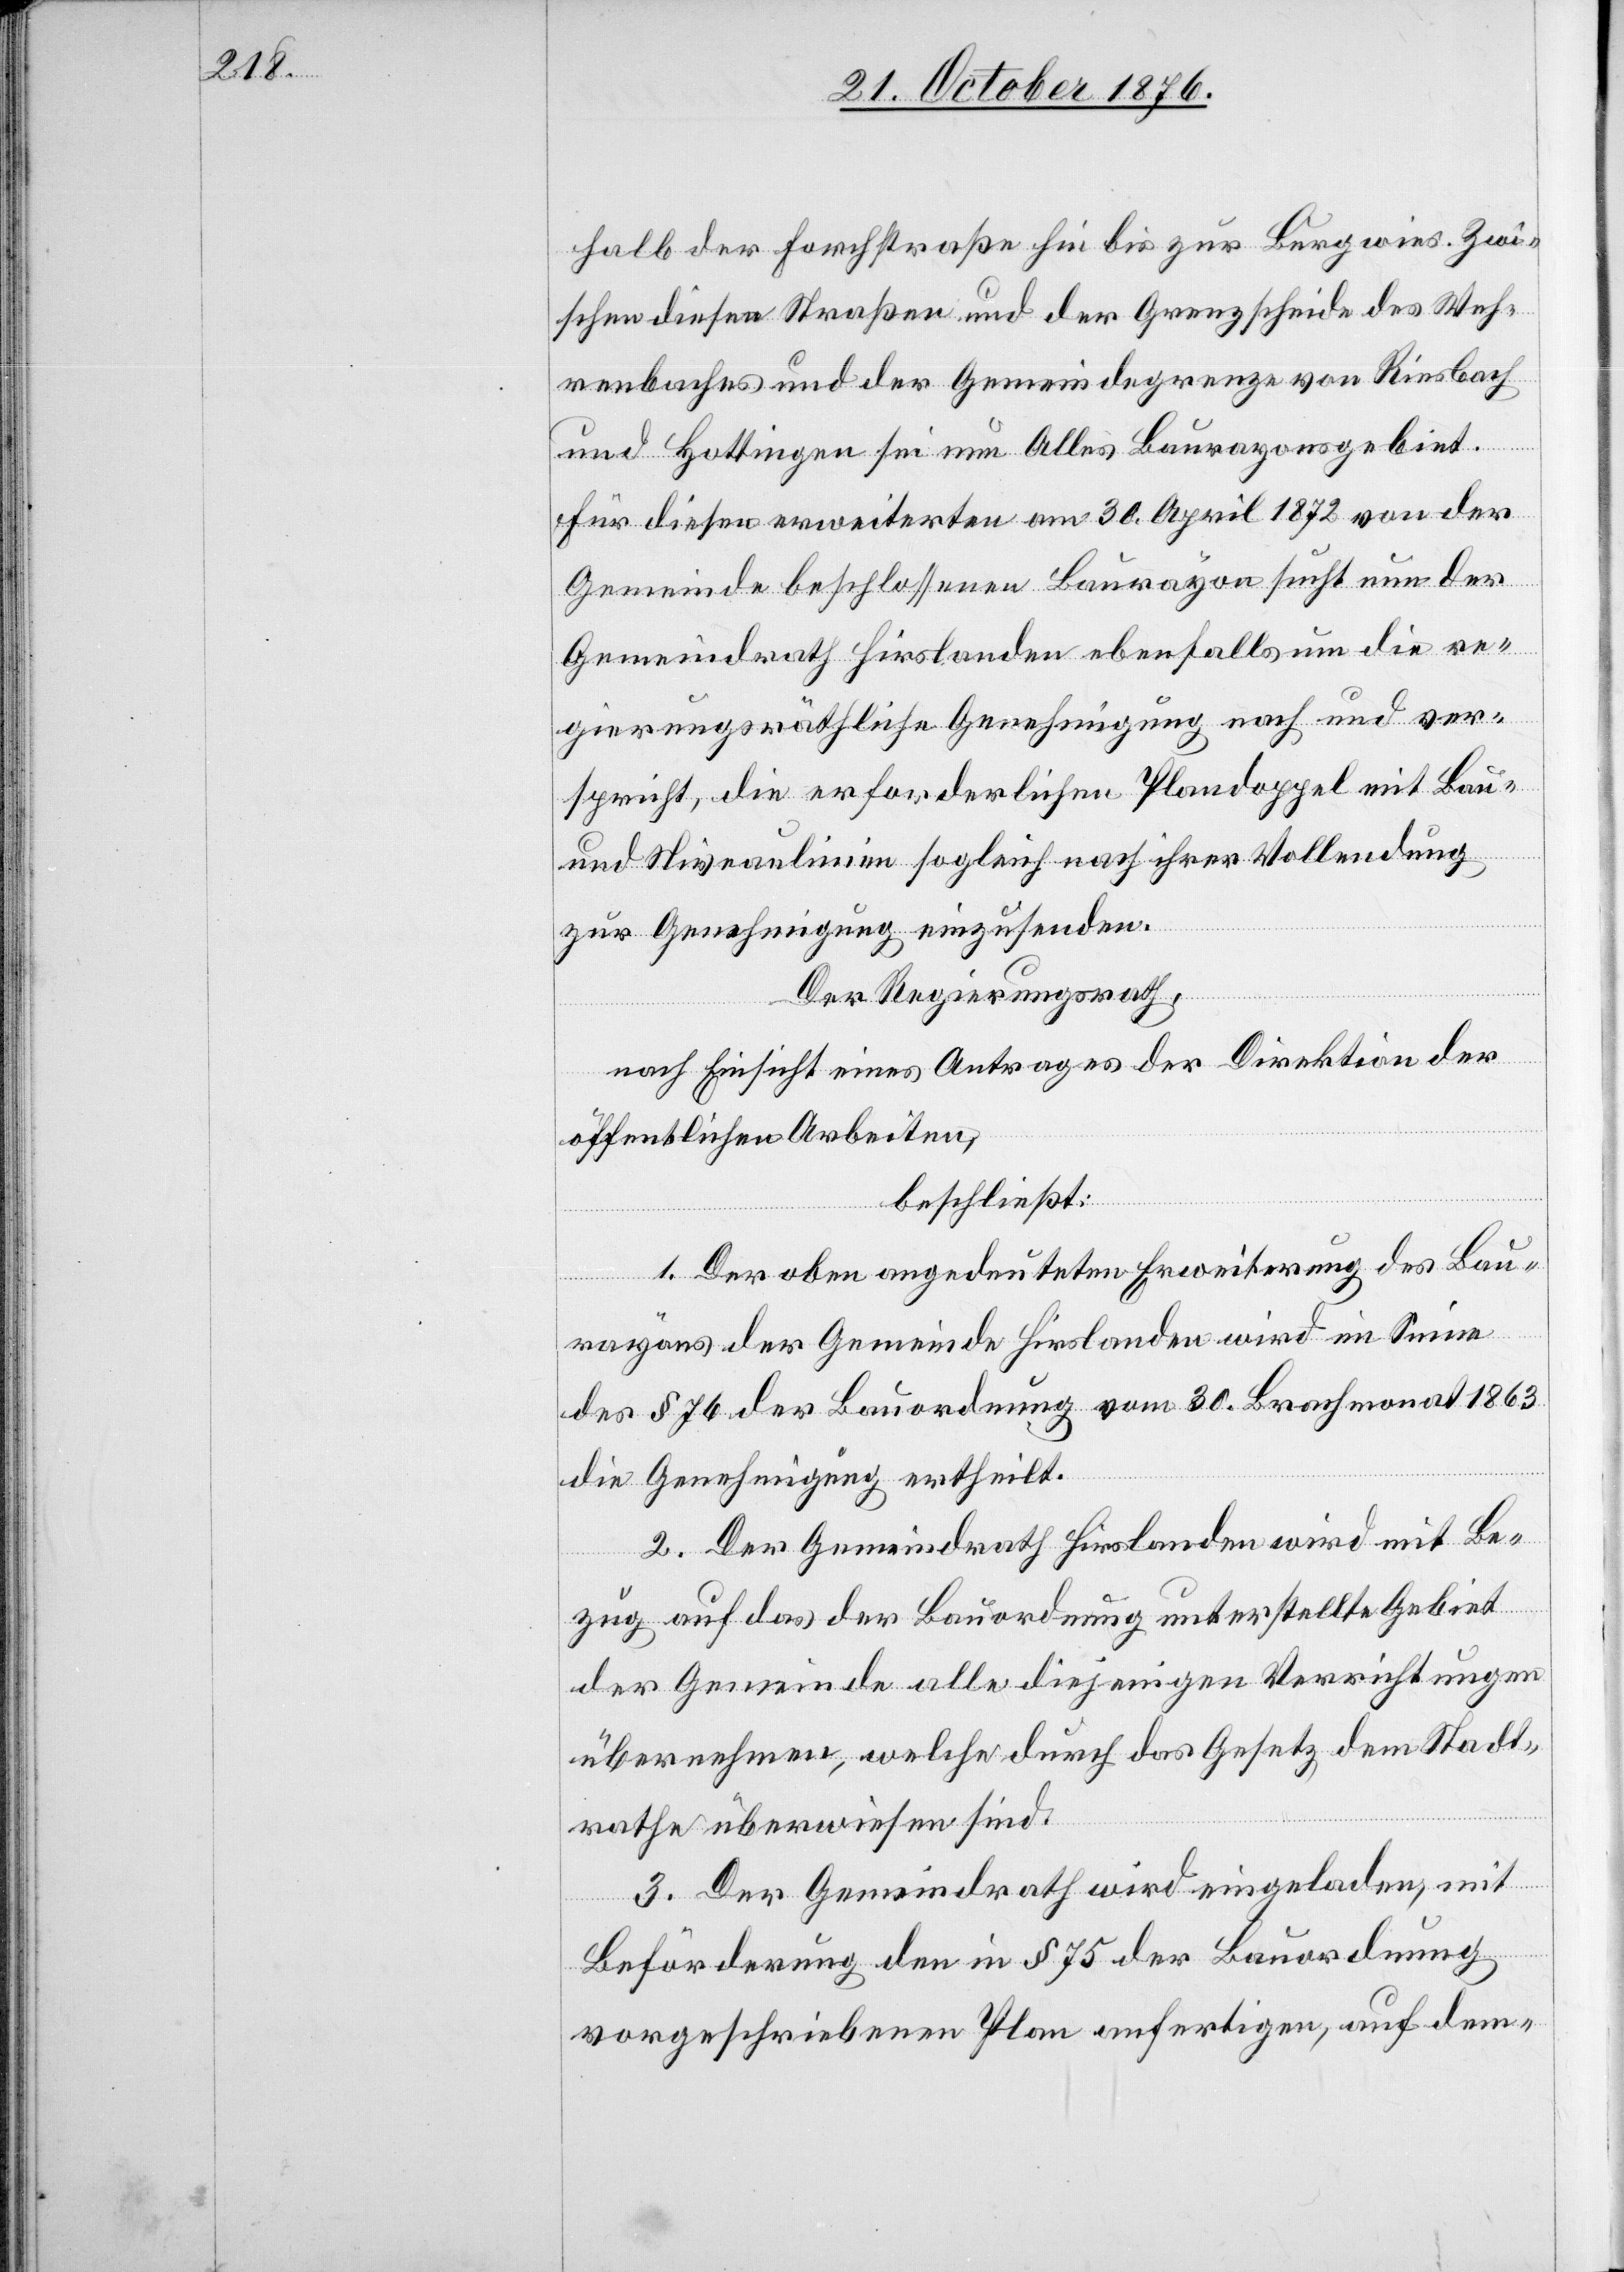
halb der Forchstraße hin bis zur Burgwies. Zwi¬
schen diesen Straßen und der Grenzscheide des Weh¬
renbaches und der Gemeindegrenze von Riesbach
und Hottingen sei nun Alles Baurayonsgebiet.
Für diesen erweiterten am 30. April 1872 von der
Gemeinde beschlossenen Baurayon sucht nun der
Gemeindrath Hirslanden ebenfalls um die re¬
gierungsräthliche Genehmigung nach und ver¬
spricht, die erforderlichen Plandoppel mit Bau-
und Niveaulinien sogleich nach ihrer Vollendung
zur Genehmigung einzusenden.
Der Regierungsrath,
nach Einsicht eines Antrages der Direktion der
öffentlichen Arbeiten,
beschließt:
1. Der oben angedeuteten Erweiterung des Bau¬
rayons der Gemeinde Hirslanden wird im Sinne
des § 76 der Bauordnung vom 30. Brachmonat 1863
die Genehmigung ertheilt.
2. Der Gemeindrath Hirslanden wird mit Be¬
zug auf das der Bauordnung unterstellte Gebiet
der Gemeinde alle diejenigen Verrichtungen
übernehmen, welche durch das Gesetz dem Stadt¬
rathe überwiesen sind.
3. Der Gemeindrath wird eingeladen, mit
Beförderung den in § 75 der Bauordnung
vorgeschriebenen Plan anfertigen, auf dem-